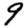
Digit: 9